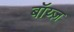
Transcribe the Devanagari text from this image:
बॉय्ज़